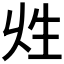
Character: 𤯖